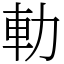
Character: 䡃